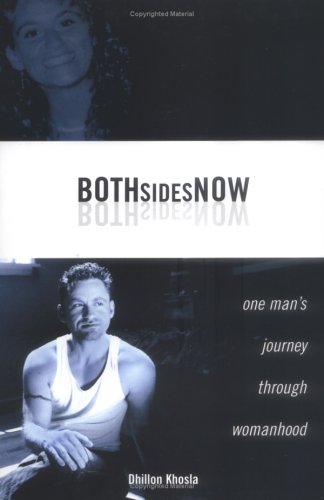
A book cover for Both Sides Now:  One Man's Journey Through Womanhood; Dhillon Khosla; Gay & Lesbian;